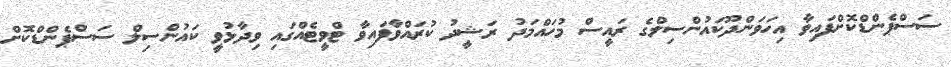
ސަސްޕެންޑްކޮށްފައިވާ އިހަވަންދޫކައުންސިލްގެ ރައީސް މުހައްމަދު ރަޝީދު ކުރައްވާފައިވާ ޓްވީޓެއްގައި ވިދާޅުވީ ކައުންސިލް ސަސްޕެންޑްކޮށް